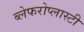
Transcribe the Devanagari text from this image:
ब्लेफरोप्लास्टी